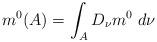
LaTeX: \begin{gather*} m^0 (A) = \int_A D_\nu m^0 \ d\nu \end{gather*}